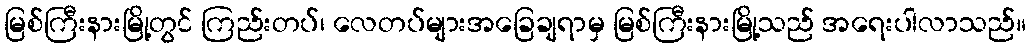
မြစ်ကြီးနားမြို့တွင် ကြည်းတပ်၊ လေတပ်များအခြေချရာမှ မြစ်ကြီးနားမြို့သည် အရေးပါလာသည်။